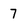
Character: 7